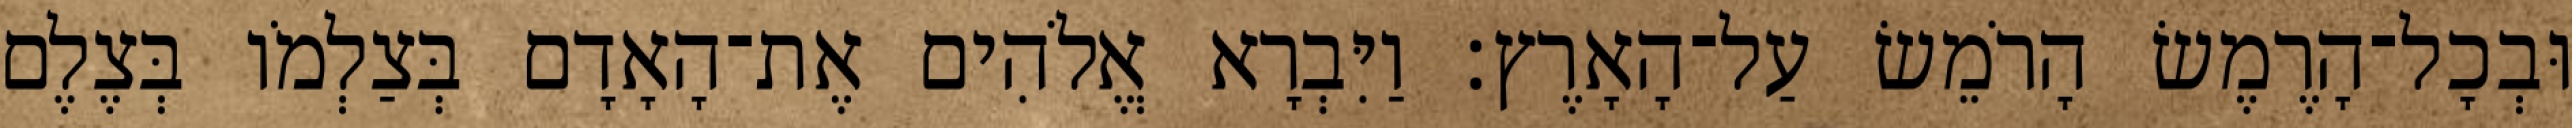
וּבְכָל־הָרֶמֶשׂ הָרֹמֵשׂ עַל־הָאָרֶץ׃ וַיִּבְרָא אֱלֹהִים אֶת־הָאָדָם בְּצַלְמֹו בְּצֶלֶם